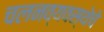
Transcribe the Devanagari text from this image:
चलनव्यवस्थेचे